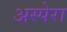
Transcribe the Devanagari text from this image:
अस्पेरा